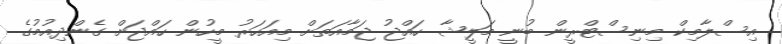
އިސްލާމިކް މިނިސްޓްރީން ބުނީ މަލީޝާ ހައްޖު ޖަމާއަތަށް މިއަހަރު މީހުން ހައްޖަށް ގެންދިއުމުގެ